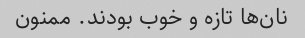
نان‌ها تازه و خوب بودند. ممنون